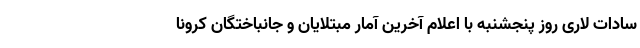
سادات لاری روز پنجشنبه با اعلام آخرین آمار مبتلایان و جانباختگان کرونا